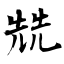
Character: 兟